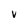
Character: V